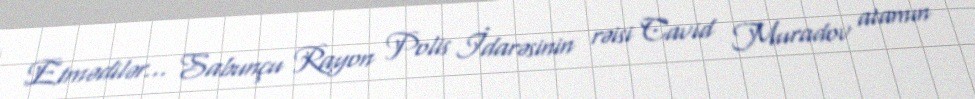
Etmədilər... Sabunçu Rayon Polis İdarəsinin rəisi Cavid Muradov atamın